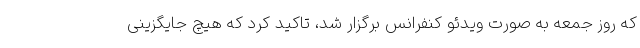
که روز جمعه به صورت ویدئو کنفرانس برگزار شد، تاکید کرد که هیچ جایگزینی